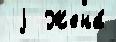
 j  Жена́